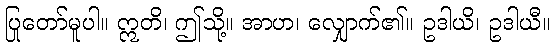
ပြုတော်မူပါ။ ဣတိ၊ ဤသို့။ အာဟ၊ လျှောက်၏။ ဥဒါယိ၊ ဥဒါယီ။